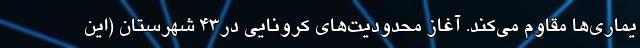
یماری‌ها مقاوم می‌کند. آغاز محدودیت‌های کرونایی در۴۳ شهرستان (این